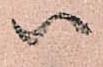
ハ